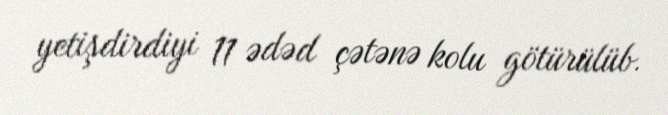
yetişdirdiyi 11 ədəd çətənə kolu götürülüb.